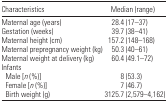
<table><thead><tr><td><b>Characteristics</b></td><td><b>Median (range)</b></td></tr></thead><tbody><tr><td>Maternal age (years)</td><td>28.4 (17–37)</td></tr><tr><td>Gestation (weeks)</td><td>39.7 (38–41)</td></tr><tr><td>Maternal height (cm)</td><td>157.2 (148–168)</td></tr><tr><td>Maternal prepregnancy weight (kg)</td><td>50.3 (40–61)</td></tr><tr><td>Maternal weight at delivery (kg)</td><td>60.4 (49.1–72)</td></tr><tr><td colspan="2">Infants</td></tr><tr><td> Male [<i>n</i> (%)]</td><td>8 (53.3)</td></tr><tr><td> Female [<i>n</i> (%)]</td><td>7 (46.7)</td></tr><tr><td> Birth weight (g)</td><td>3125.7 (2,579–4,162)</td></tr></tbody></table>